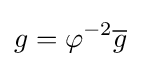
g=\varphi ^{-2}{\overline {g}}